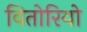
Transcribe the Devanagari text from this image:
वितोरियो